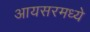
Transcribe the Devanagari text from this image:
आयसरमध्ये